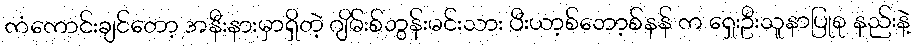
ကံကောင်းချင်တော့ အနီးနားမှာရှိတဲ့ ဂျိမ်းစ်ဘွန်းမင်းသား ပီးယာ့စ်ဘော့စ်နန် က ရှေးဦးသူနာပြုစု နည်းနဲ့